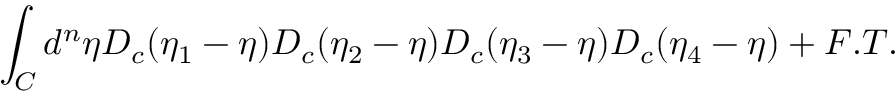
\int _ { C } d ^ { n } \eta D _ { c } ( \eta _ { 1 } - \eta ) D _ { c } ( \eta _ { 2 } - \eta ) D _ { c } ( \eta _ { 3 } - \eta ) D _ { c } ( \eta _ { 4 } - \eta ) + F . T .